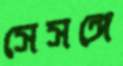
সেসঙ্গে